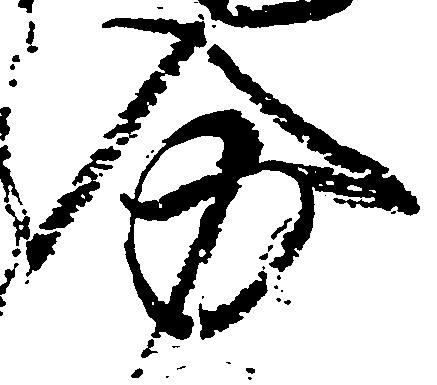
分